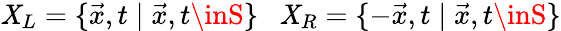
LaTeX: \mathit{X}_{L}=\{ \vec{{x}},t\; |\; \vec{{x}},t\inS\} ~~~\mathit{X}_{R}=\{ -\vec{{x}},t\; |\; \vec{{x}},t\inS\}